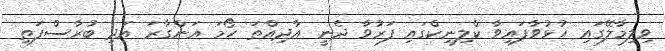
ވިލިމާލޭގައި ހުޅުވާފައިވާ ކްލިނިކްގައި ފަރުވާ ދެނީ އާދިއްތަ ހޯމަ އަންގާރަ އަދި ބުރާސްފަތި